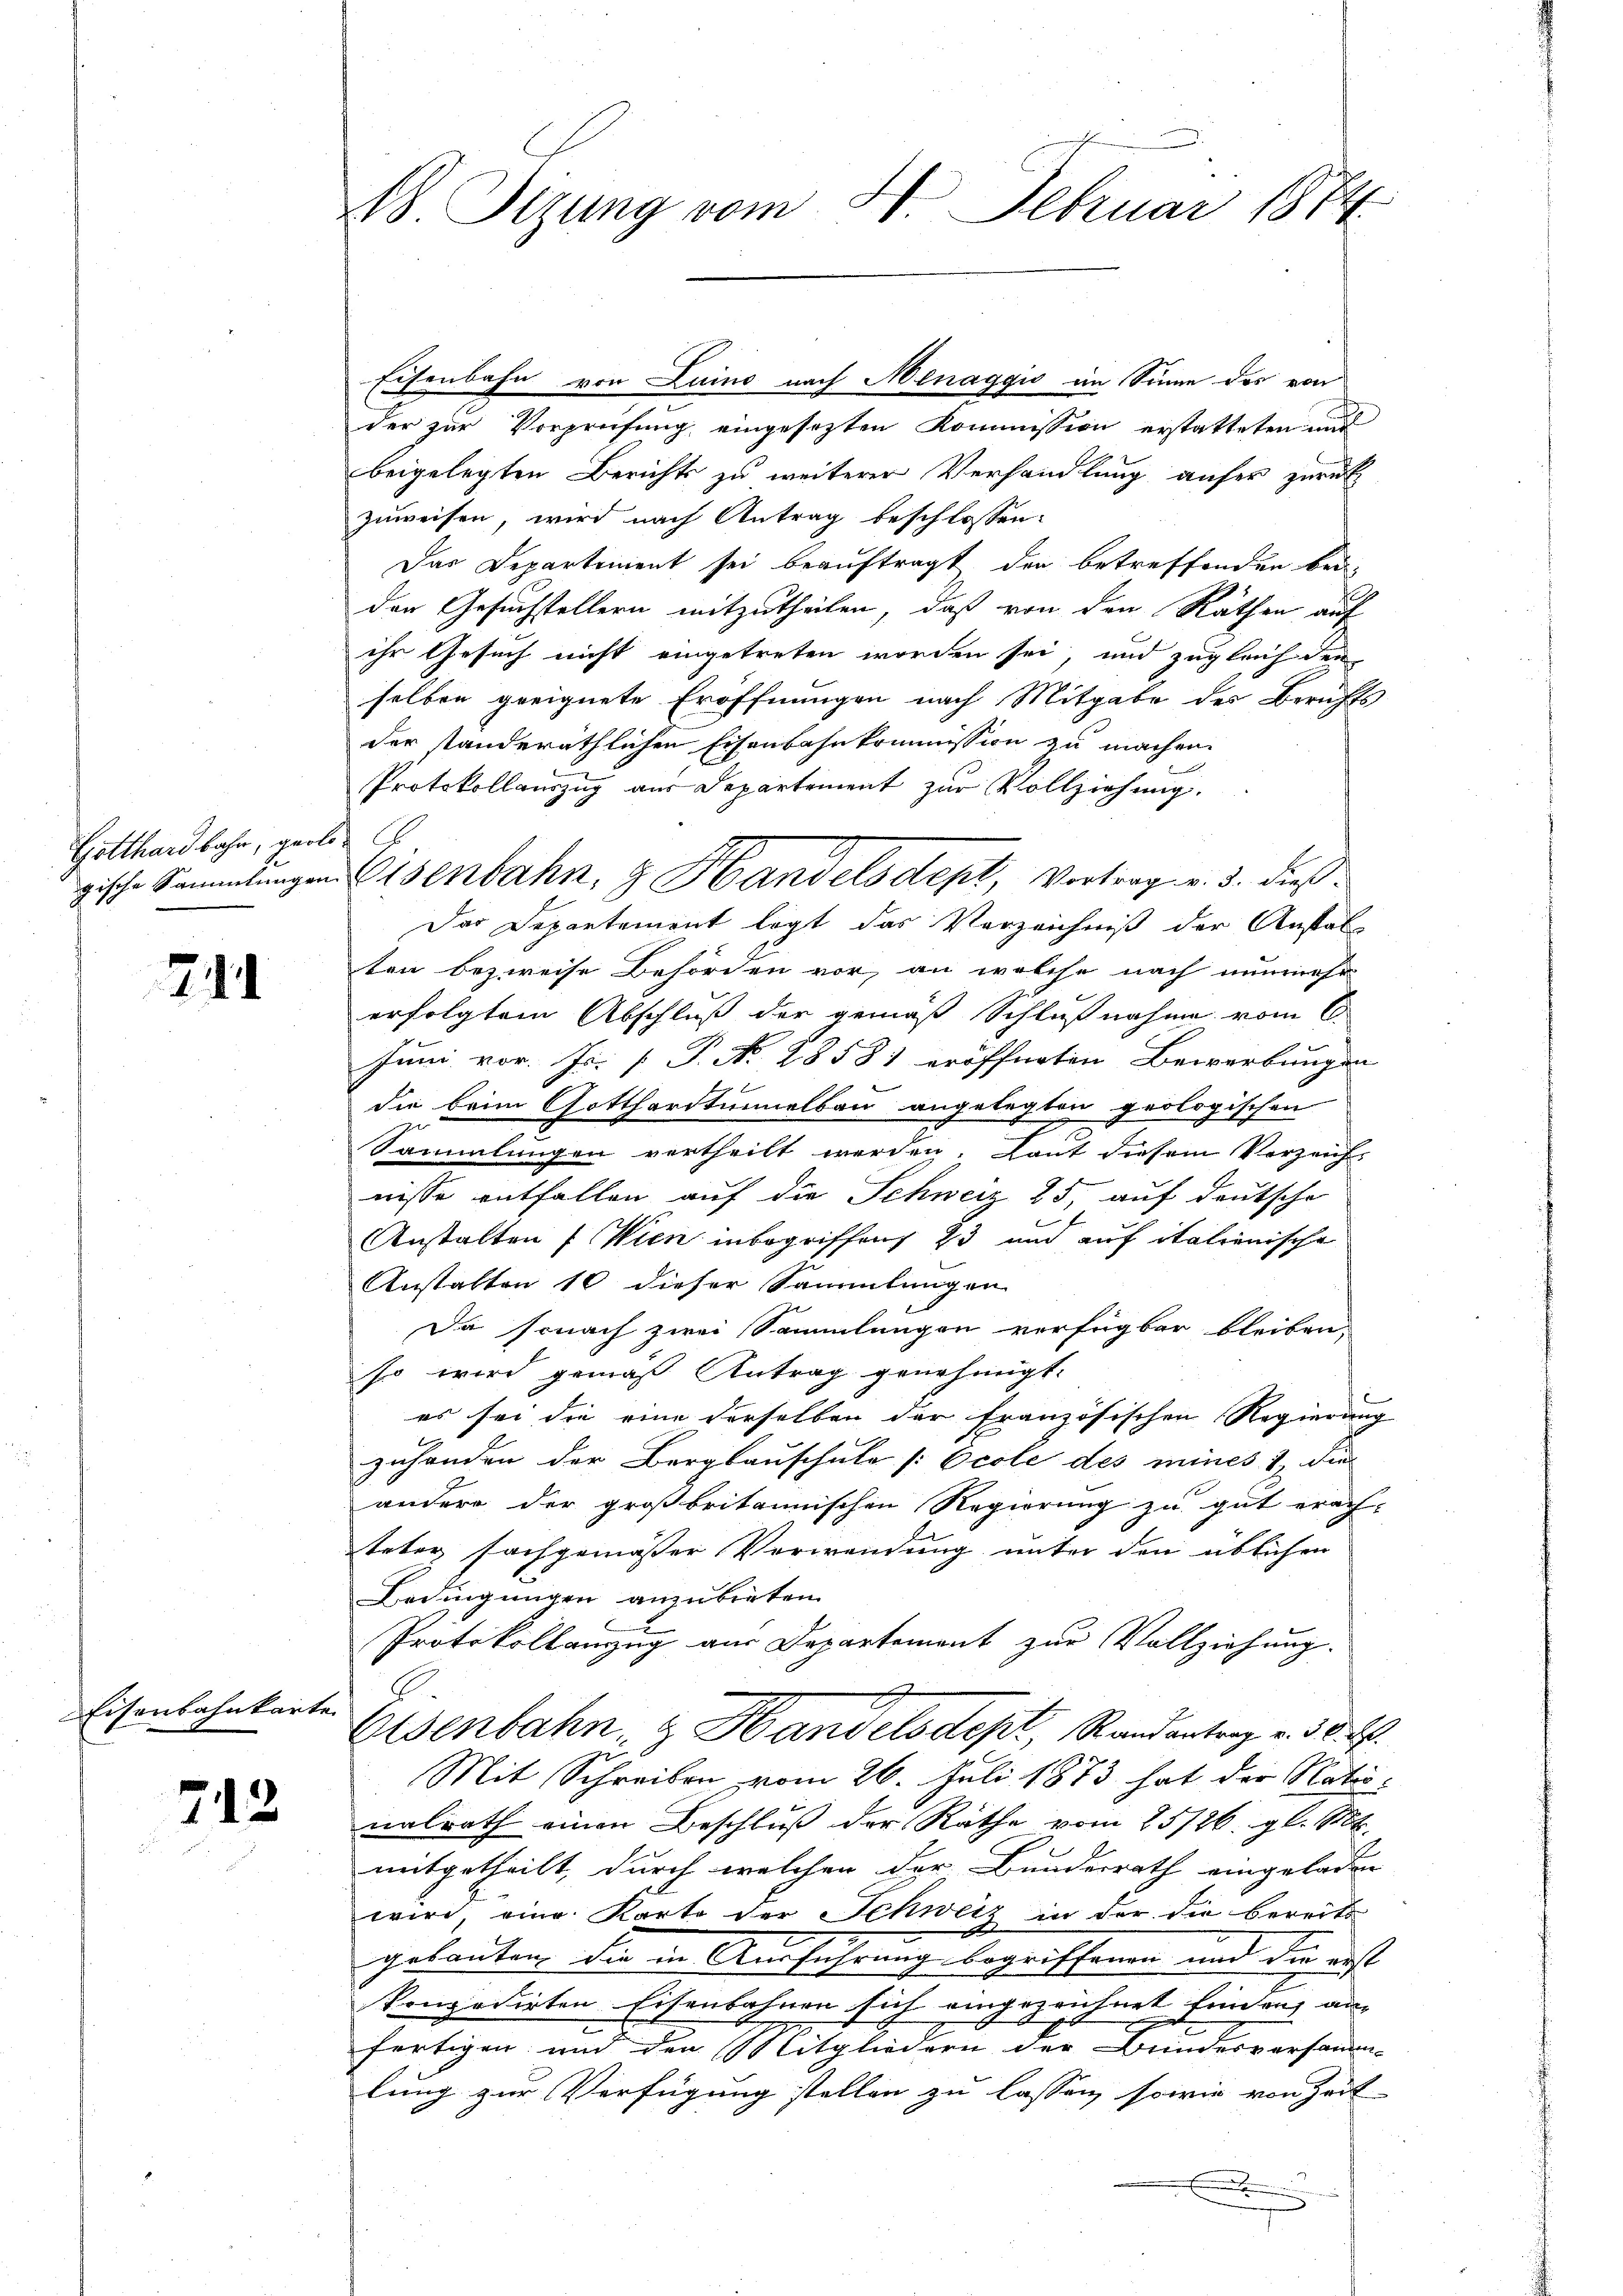
Gotthardbahn, geol
gische Sammlungen

214

Eisenbahnkarte

712

18. Stzung vom 4. Februar 1874.

der zur Vorprüfung eingesetzten Kommission erstatteten und
beigelegten Berichts zu weiterer Verhandlung aufer zurück
zuweisen, wird nach Antrag beschlossen:
Das Departement sei beauftragt, der betreffenden bei
den Gesuchstellern mitzutheilen, daß von den Räthen auf
ihr Gesuch nicht eingetreten worden sei, und zugleich den
selben geeignete Eröffnungen nach Mitgabe des Berichts
der standeräthlichen Eisenbahnkommission zu machen.
Protokollauszug aus Departement zur Vollziehung.

Der Departement legt das Verzeichniß der Anstal
ten bezweife Behörden vor, an welche nach nunmehr
erfolgtem Abschluß der gemäß Schlußnahme vom 6.
Juni vor. Js. [ P. No. 2858) eröffneten Bewerbungen
die beim Gotthardtunnelbau angelegten geologischen
Sammlungen vertheilt werden. Laut diesem Verzeicht
nisse entfallen auf die Schweiz 25, auf deutsche
Anstalten (Wien inbegriffend 23 und auf italienische
Anstalten 10 dieser Sammlungen
Da sonach zwei Sammlungen verfügbar bleiben,
so wird gemäß Antrag genehmigt.
es sei die eine derselben der französischen Regierung
zuhanden der Bergbauschule [Ecole des mines & die
andere der großbritannischen Regierung zu gut erach-
teter sachgemässer Verwendung unter den üblichen
Bedingungen anzubieten.
Protokollanzug aus Departement zur Vollziehung.
Eisenbahn, & Handelsdept, Randantrag v. 30. 2.
Mit Schreiben vom 26. Juli 1873 hat der Nationalrath einen Beschluß der Räthe vom 25/26. gl. Mt
mitgetheilt, durch welchen der Bundesrath eingeladen
wird, eine Karte der Schweiz in der die bereits
gebauten, die in Ausführung begriffenen und die ist
konzedirten Eisenbahnen sich eingezeichnet finden, an
fertigen und den Mitgliedern der Bundesversamm-
lung zur Verfügung stellen zu lassen, sowie von Zeit
.
u

Eisenbahn von Luino nach Menaggio im Sinne des von

Eisenbahn. z. Handelsdept, Vortrag v. 3. dieß¬